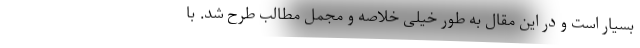
بسیار است و در این مقال به طور خیلی خلاصه و مجمل مطالب طرح شد. با